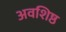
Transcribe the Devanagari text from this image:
अवशिष्ठ